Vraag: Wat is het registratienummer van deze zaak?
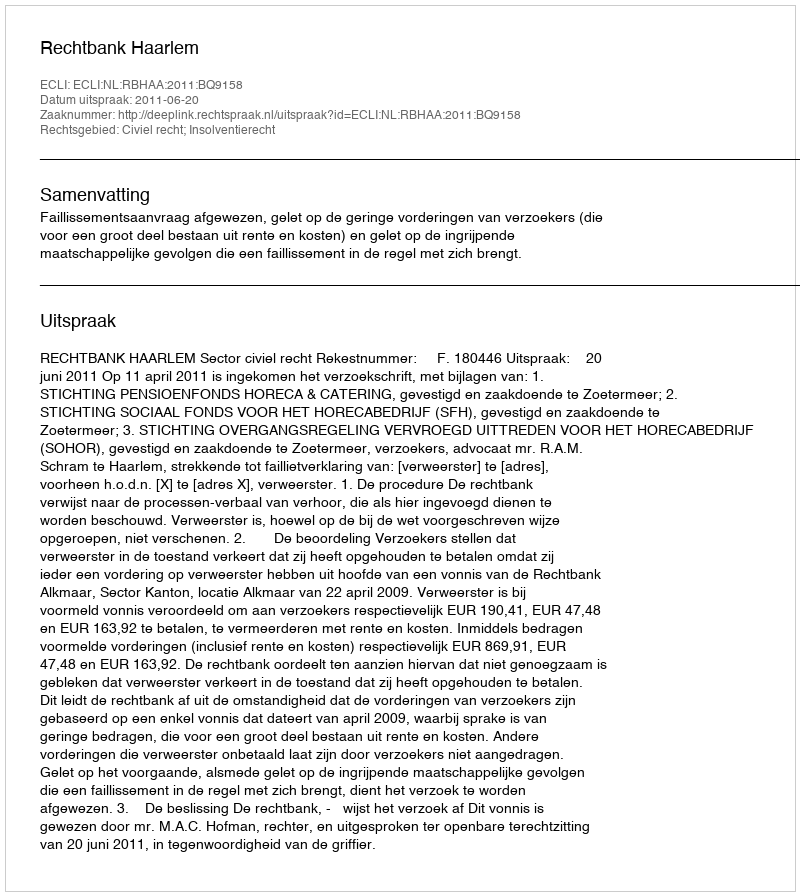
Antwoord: http://deeplink.rechtspraak.nl/uitspraak?id=ECLI:NL:RBHAA:2011:BQ9158